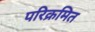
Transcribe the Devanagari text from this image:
परिक्रमित